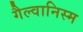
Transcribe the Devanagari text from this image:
गैल्वानिस्म